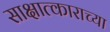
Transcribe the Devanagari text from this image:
साक्षात्काराच्या